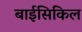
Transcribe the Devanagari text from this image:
बाईसिकिल